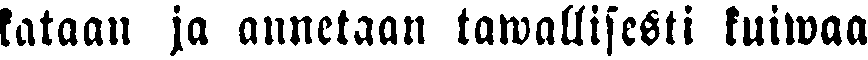
kataan ja annetaan tawallisesti kuiwaa